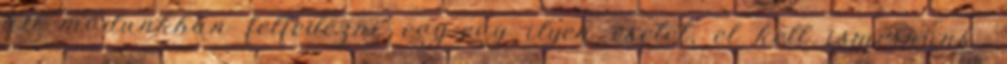
áll módunkban felfedezni egy-egy ilyen esetet, el kell ismernünk,